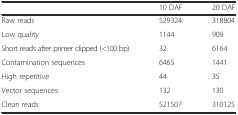
|  | 10 DAF | 20 DAF |
 | --- | --- | --- |
 | Raw reads | 529324 | 318804 |
 | Low quality | 1144 | 909 |
 | Short reads after primer clipped (<100 bp) | 32 | 6164 |
 | Contamination sequences | 6465 | 1441 |
 | High repetitive | 44 | 35 |
 | Vector sequences | 132 | 130 |
 | Clean reads | 521507 | 310125 |